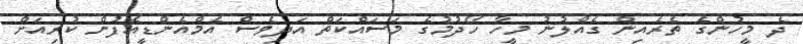
ދެ މީހުންގެ ތެރެއިން ގެއްލުނު މީހާ ހޯދުމުގެ މަސައްކަތް އަދިވެސް އެމްއެންޑީއެފުން ކުރިއަށް